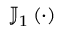
\mathbb { J } _ { 1 } \left( \cdot \right)